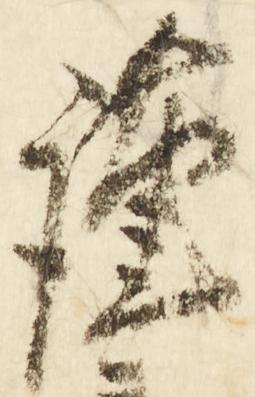
謹